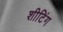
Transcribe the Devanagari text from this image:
शीटिंग